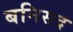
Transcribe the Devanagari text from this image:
बनिसद्र